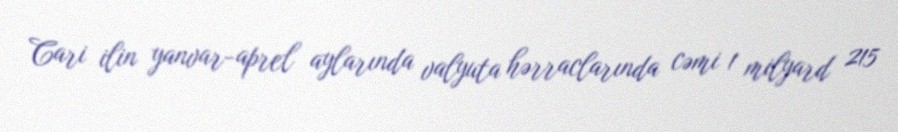
Cari ilin yanvar-aprel aylarında valyuta hərraclarında cəmi 1 milyard 215